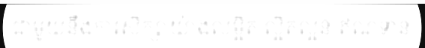
ជាមួយនឹងការសិក្សាយ៉ាងលម្អិត ល្អិតល្អន់ ឥណទាន